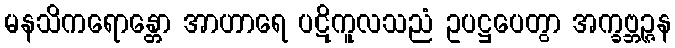
မနသိကရောန္တော အာဟာရေ ပဋိကူလသညံ ဥပဋ္ဌပေတွာ အက္ခဗ္ဘဉ္ဇန